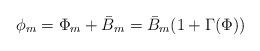
LaTeX: \begin{align*}\phi_{m} = \Phi_{m} + \bar{B}_{m} = \bar{B}_{m}(1+\Gamma(\Phi)) \end{align*}